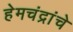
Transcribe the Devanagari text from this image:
हेमचंद्रांचे